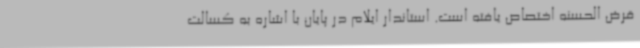
قرض الحسنه اختصاص یافته است. استاندار ایلام در پایان با اشاره به کسالت